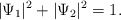
\begin{align*}|\Psi_1|^2+|\Psi_2|^2=1. \end{align*}